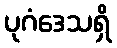
ပုဂံဒေသရှိ